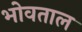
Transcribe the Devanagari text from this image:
भोवताल